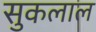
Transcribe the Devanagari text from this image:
सुकलाल